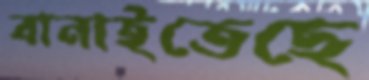
বানাইতেছে